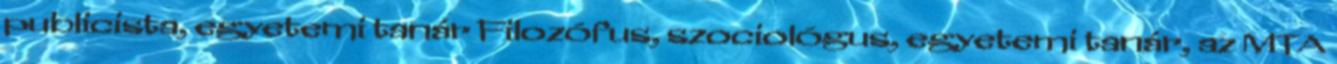
publicista, egyetemi tanár Filozófus, szociológus, egyetemi tanár, az MTA